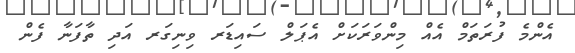
އެންމެ ފުރަތަމް އެއް މިންވަރަކަށް އެޕަލް ސައިޑަރ ވިނިގަރ އަދި ތާފަނާ ފެން